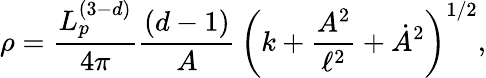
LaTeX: \rho=\frac{L_{p}^{(3-d)}}{4\pi}\frac{(d-1)}{A}\, \left(k+\frac{A^{2}}{\ell^{2}}+\dot{A}^{2}\right)^{1/2},